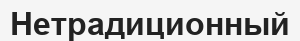
Нетрадиционный